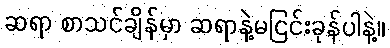
ဆရာ စာသင်ချိန်မှာ ဆရာနဲ့မငြင်းခုန်ပါနဲ့။